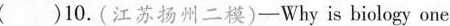
( )10.(江苏扬州二模)-Why is biology one